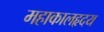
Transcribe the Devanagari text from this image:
महाकालहृदय